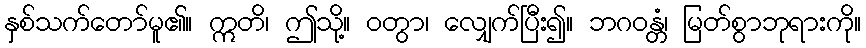
နှစ်သက်တော်မူ၏။ ဣတိ၊ ဤသို့။ ဝတွာ၊ လျှေက်ပြီး၍။ ဘဂဝန္တံ၊ မြတ်စွာဘုရားကို။